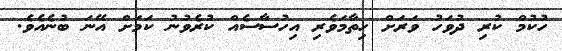
ހުކުމް ކުރި ދުވަހު ވަރަށް ހިތާމަވެރި އިހުސާސެއް ކުރެވުނު ކަމަށް އޭނަ ބުނެއެވެ.